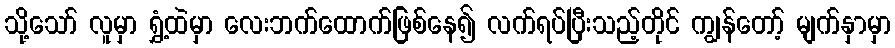
သို့သော် လူမှာ ရွှံ့ထဲမှာ လေးဘက်ထောက်ဖြစ်နေ၍ လက်ရပ်ပြီးသည့်တိုင် ကျွန်တော့် မျက်နှာမှာ